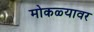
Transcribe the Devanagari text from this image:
मोकळ्यावर